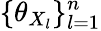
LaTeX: \{ \theta_{X_{l}}\} _{l=1}^{n}